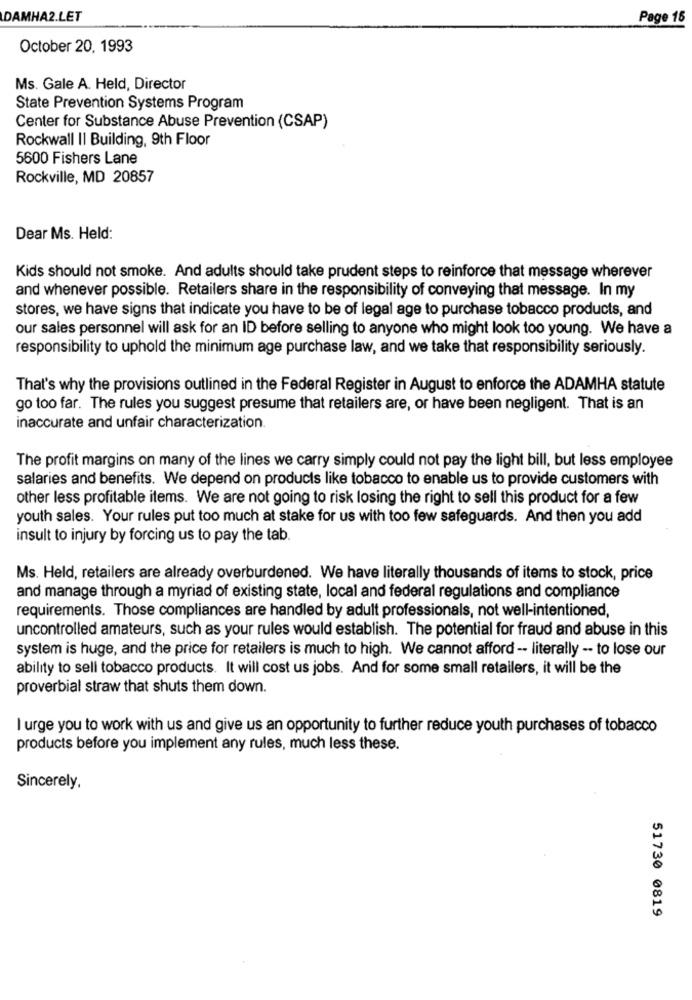
DAMHA2.LET
Page 15
October 20, 1993
Ms. Gale A. Held, Director
State Prevention Systems Program
Center for Substance Abuse Prevention (CSAP)
Rockwall II Building, 9th Floor
5600 Fishers Lane
Rockville, MD 20857
Dear Ms. Held:
Kids should not smoke. And adults should take prudent steps to reinforce that message wherever
and whenever possible. Retailers share in the responsibility of conveying that message. In my
stores, we have signs that indicate you have to be of legal age to purchase tobacco products, and
our sales personnel will ask for an ID before selling to anyone who might look too young. We have a
responsibility to uphold the minimum age purchase law, and we take that responsibility seriously.
That's why the provisions outlined in the Federal Register in August to enforce the ADAMHA statute
go too far. The rules you suggest presume that retailers are, or have been negligent. That is an
inaccurate and unfair characterization.
The profit margins on many of the lines we carry simply could not pay the light bill, but less employee
salaries and benefits. We depend on products like tobacco to enable us to provide customers with
other less profitable items. We are not going to risk losing the right to sell this product for a few
youth sales. Your rules put too much at stake for us with too few safeguards. And then you add
insult to injury by forcing us to pay the tab.
Ms. Held, retailers are already overburdened. We have literally thousands of items to stock, price
and manage through a myriad of existing state, local and federal regulations and compliance
requirements. Those compliances are handled by adult professionals, not well-intentioned,
uncontrolled amateurs, such as your rules would establish. The potential for fraud and abuse in this
system is huge, and the price for retailers is much to high. We cannot afford -- literally -- to lose our
ability to sell tobacco products. It will cost us jobs. And for some small retailers, it will be the
proverbial straw that shuts them down.
I urge you to work with us and give us an opportunity to further reduce youth purchases of tobacco
products before you implement any rules, much less these.
Sincerely,
51730 0819